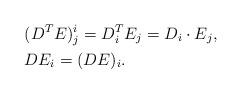
LaTeX: \begin{align*}&(D^T E)^i_j= D_i^T E_j= D_i \cdot E_j, \\&D E_i = (DE)_i.\end{align*}